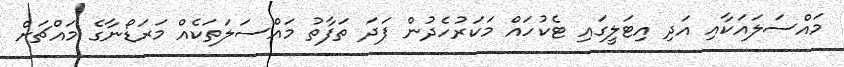
މައްސަލައަކާއި އަދި އިޓަލީގައި ޓެކުހައް މަކަރުހެދުން ފަދަ ތަފާތު މައްސަލަތަކެއް މަރަޑޯނާގެ މައްޗަށް